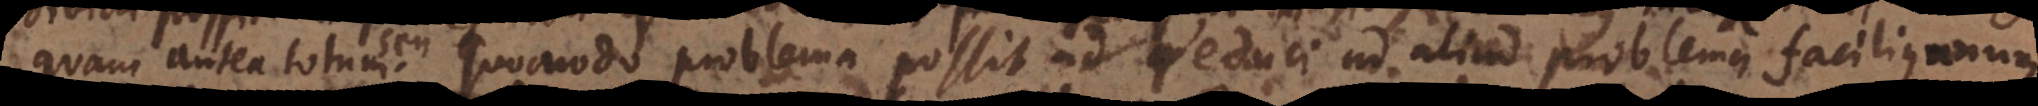
quam antea totum, quomodo problema possit reduci ad aliud problema facilius